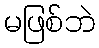
မဖြစ်ဘဲ